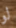
لو